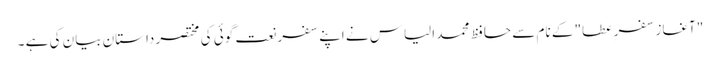
"آغاز سفر ِ عطا" کے نام سے حافظ محمد الیاس نے اپنے سفر نعت گوئی کی مختصر داستان بیان کی ہے ۔